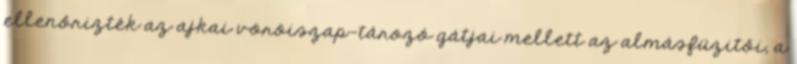
ellenőrizték az ajkai vöröiszap-tározó gátjai mellett az almásfüzitői, a